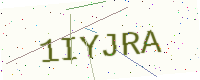
Text: 1IYJRA